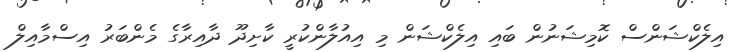
އިލެކްޝަންސް ކޮމިޝަނުން ބައި އިލެކްޝަން މި އިއުލާންކުރީ ކާށިދޫ ދާއިރާގެ މެންބަރު އިސްމާއިލް